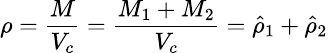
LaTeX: \small\rho=\frac{M}{V_{c}}=\frac{M_{1}+M_{2}}{V_{c}}=\hat{\rho}_{1}+\hat{\rho}_{2}